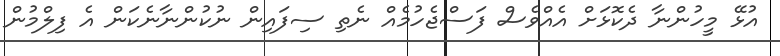
އުޅޭ މީހުންނާ ދެކޮޅަށް އެއްވެސް ފަސްޖެހުމެއް ނެތި ސިފައިން ނުކުންނާނެކަން އެ ފިލްމުން